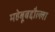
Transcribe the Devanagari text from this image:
महेबूबद्दौल्ला